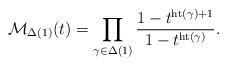
LaTeX: \begin{align*}\mathcal{M}_{\Delta(1)}(t)=\prod_{\gamma\in\Delta(1)}\frac{1-t^{\rm{ht}(\gamma)+1}}{1-t^{\rm{ht}(\gamma)}}.\end{align*}